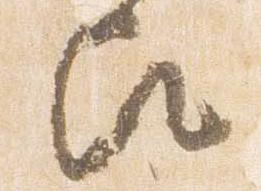
歟